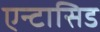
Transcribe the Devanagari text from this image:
एन्टासिड